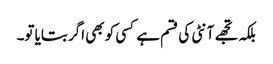
بلکہ تجھے آنٹی کی قسم ہے کسی کو بھی اگر بتایا تو۔